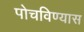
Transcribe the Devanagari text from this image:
पोचविण्यास